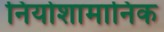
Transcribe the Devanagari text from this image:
नियोशामानिक